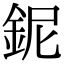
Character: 鈮